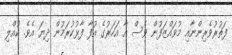
ފަތުރުވެރިންނާއި މުވައްޒަފުން ވެސް އާ އަހަރުގެ އުފާ ފާޅުކުރަމުން ދިޔަ އެވެ. ކުއްލި